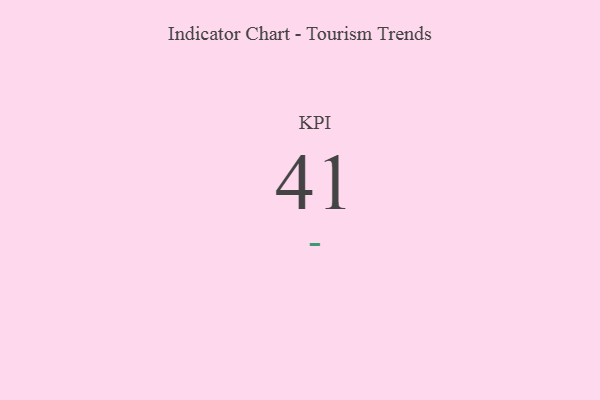
{"axis": {"x": "KPI", "y": "Value"}, "legend": [""], "data": [{"x": "KPI", "y": 41, "type": ""}]}